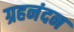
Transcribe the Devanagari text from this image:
ग्रहनंदन